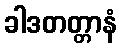
ခါဒတတ္တာနံ